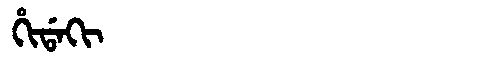
Manchu: ᡥᡳᡩᠠᡴᡳ
Romanization: HIDAKI